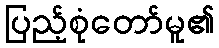
ပြည့်စုံတော်မူ၏